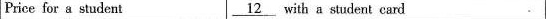
Price for a student ___with a student card